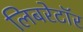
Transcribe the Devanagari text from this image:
लिबरेटॉर